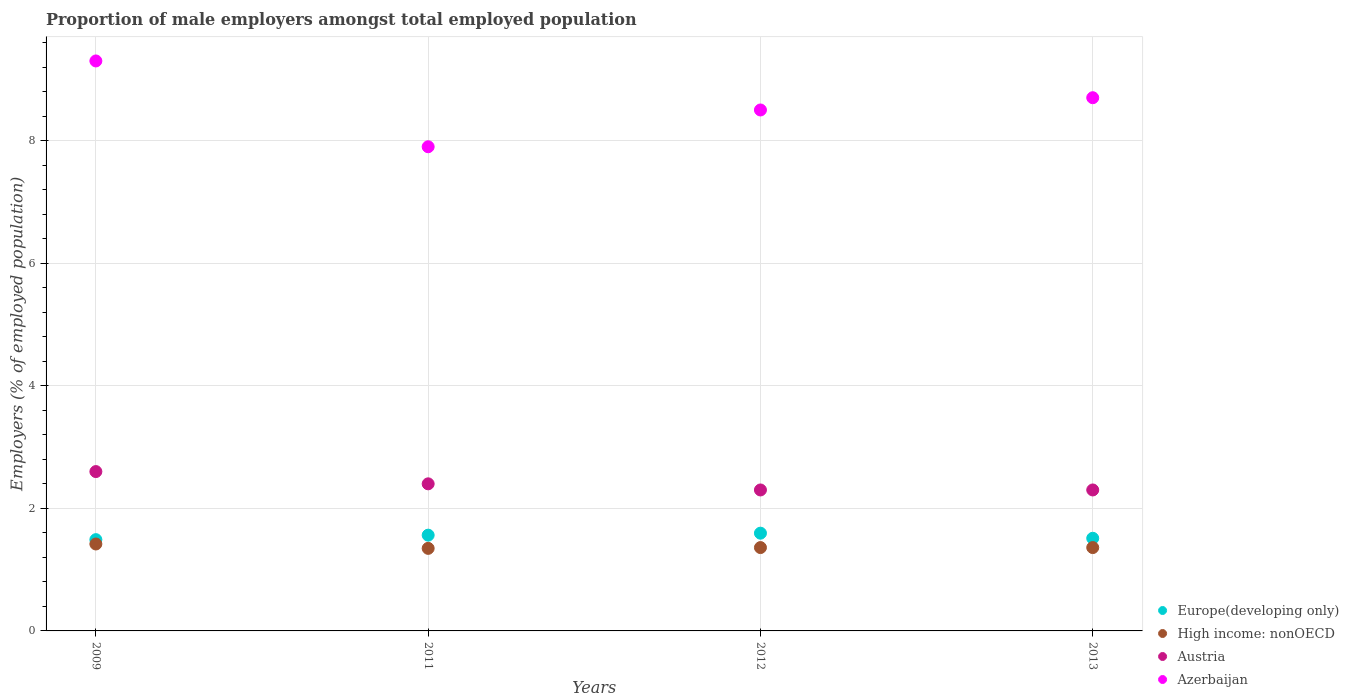
| Years | Europe(developing only) | High income: nonOECD | Austria | Azerbaijan |
 | --- | --- | --- | --- | --- |
 | 2009 | 1.49 | 1.42 | 2.6 | 9.3 |
 | 2011 | 1.56 | 1.35 | 2.4 | 7.9 |
 | 2012 | 1.59 | 1.36 | 2.3 | 8.5 |
 | 2013 | 1.51 | 1.36 | 2.3 | 8.7 |